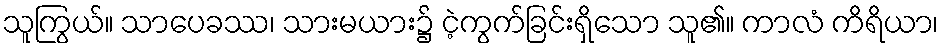
သူကြွယ်။ သာပေခဿ၊ သားမယား၌ ငဲ့ကွက်ခြင်းရှိသော သူ၏။ ကာလံ ကိရိယာ၊